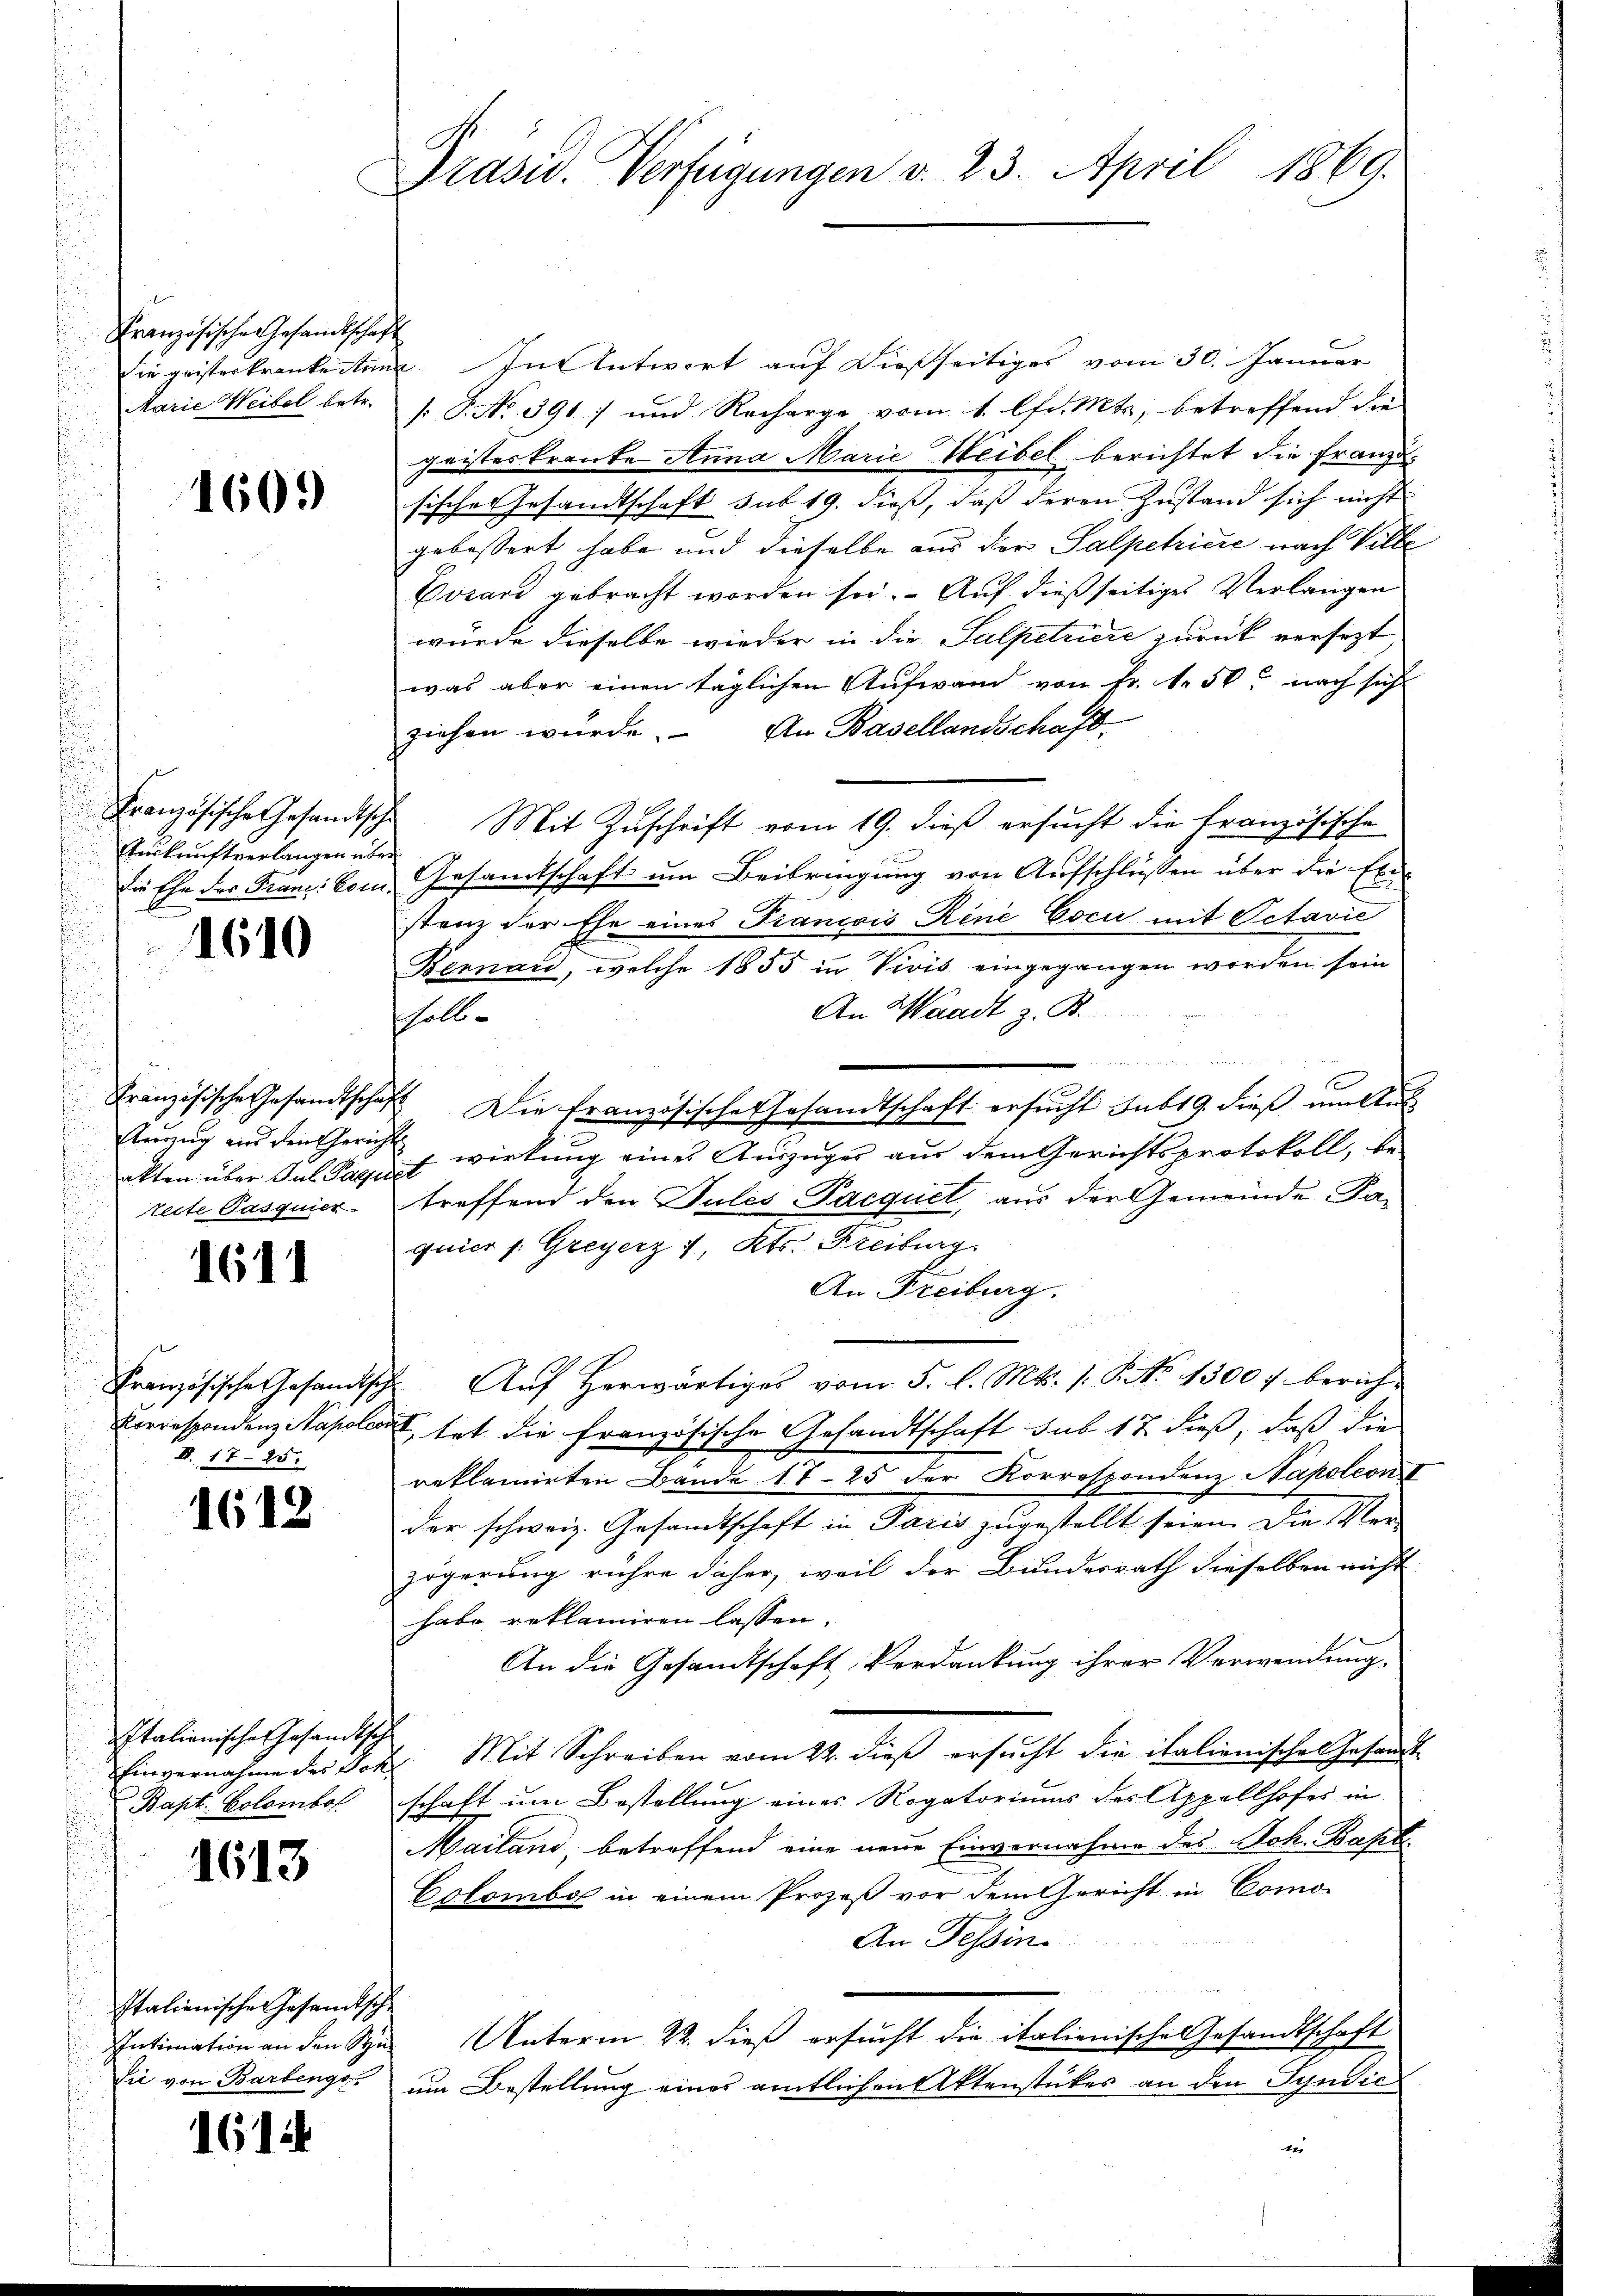
Kranzösische Gesandtschaf
die geisterkranke Ann
Marie Weibel betr.

160.

Französische Gesandtsch
Auskunftverlangen über
Die Ehe der Franc: Con

1610

Französische Gesandtschaf
Auszug ein den Gerichakten über Jul Pagu
teite Pasquier

1611

Französische Gesandtsch
Korrespondenz Napoleo
II. 17. 25.

1612

Italionische Gesandtsch
Einvernahme des Dok
Kapt. Kolombos

1613

Italienisches Gesandtsch
Intimation an den Stu¬
Lie von Barbengo

1614

Grasu. Verfügungen v. 23. April 1869.

. Intentwort auf dießseitiges vom 30. Januar
s P. No. 391) und Recharge vom 1. lfd. Mts., betreffend die
geisteskranke Anna Marie Weibel berichtet die Franzö-
sische Gesandtschaft sub 19. dieß, daß deren Zustand sich nicht
gebessert habe und dieselbe aus der Salpetricie nach Ville
Vorand gebracht worden sei. Auf dießseitiges Verlangen
wurde dieselbe wieder in die Salpetriere zurück versezt
was aber einen täglichen Aufwand von Fr. 1. 50. nach sich
ziehen würde. An Basellandschaft
Mit Zuschrift vom 19. dieß ersucht die Französische
Gesamtschaft um Beibringung von Aufschlüssen über die Exestanz der Ehe eines Francois René Cocii mit Octavie
Bernau, welche 1855 in Vivis eingegangen worden sein
An Waadt z. B.
shalb
 Die französische Gesandtschaft ersucht sub 19. dieß um Aus
1 wirkung eines Auszuges aus dem Gerichtsprotokoll, be-
d
treffend den Jules Pacquet, aus der Gemeinde Faquier s. Greyerz 1 Kts. Freiburg.
An Freiburg.
Auf herwärtiges vom 5. l. Mts. 1. P. No 1300 berich¬
, tat die französische Gesandtschaft sub 17 dieß, daß die
reklamirten Bande 1725 der Korrespondenz Napoleon
der schweiz. Gesandtschaft in Paris zugestellt seien. Die Ver-
zögerung rühre daher, weil der Bundesrath dieselben nicht
habe reklamiren lassen.
An die Gesandtschaft Verdankung ihrer Verwendung,
Mit Schreiben vom 22. dieß ersucht die italienischen Gesamt-
schaft um Bestellung eines Rogatoriums der Appellhofes in
Mailand betreffend eine neue Einvernahme des Joh. Bapt.
Colomber in einem Prozeß vor dem Gericht in Como-
An Tessin.
Unterm 22. dieß ersucht die italienische Gesandtschaft
um Bestellung eines amtlichen Aktenstükes an den Syndic
4